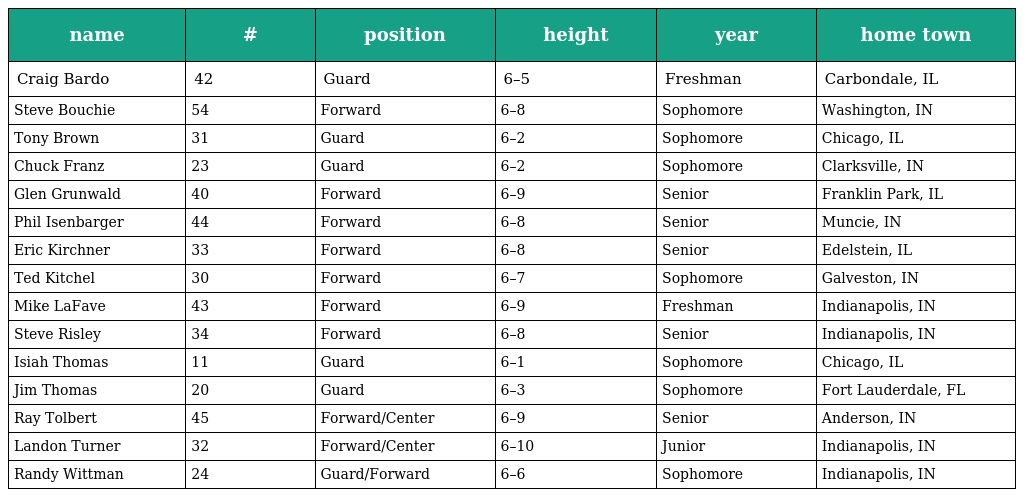
| name | # | position | height | year | home town |
 | --- | --- | --- | --- | --- | --- |
 | Craig Bardo | 42 | Guard | 6–5 | Freshman | Carbondale, IL |
 | Steve Bouchie | 54 | Forward | 6–8 | Sophomore | Washington, IN |
 | Tony Brown | 31 | Guard | 6–2 | Sophomore | Chicago, IL |
 | Chuck Franz | 23 | Guard | 6–2 | Sophomore | Clarksville, IN |
 | Glen Grunwald | 40 | Forward | 6–9 | Senior | Franklin Park, IL |
 | Phil Isenbarger | 44 | Forward | 6–8 | Senior | Muncie, IN |
 | Eric Kirchner | 33 | Forward | 6–8 | Senior | Edelstein, IL |
 | Ted Kitchel | 30 | Forward | 6–7 | Sophomore | Galveston, IN |
 | Mike LaFave | 43 | Forward | 6–9 | Freshman | Indianapolis, IN |
 | Steve Risley | 34 | Forward | 6–8 | Senior | Indianapolis, IN |
 | Isiah Thomas | 11 | Guard | 6–1 | Sophomore | Chicago, IL |
 | Jim Thomas | 20 | Guard | 6–3 | Sophomore | Fort Lauderdale, FL |
 | Ray Tolbert | 45 | Forward/Center | 6–9 | Senior | Anderson, IN |
 | Landon Turner | 32 | Forward/Center | 6–10 | Junior | Indianapolis, IN |
 | Randy Wittman | 24 | Guard/Forward | 6–6 | Sophomore | Indianapolis, IN |